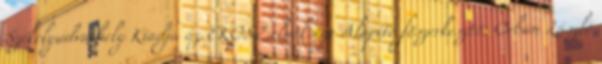
Székelyudvarhely Kiadja az EKOSZ elnöksége Alapító fõszerkesztõ: Orbán László